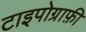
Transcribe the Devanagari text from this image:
टाइपोग्राफ़ी